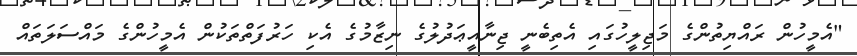
"އެމީހުން ރައްޔިތުންގެ މަޖިލީހުގައި އެތިބެނީ ޖިނާއީޢަދުލުގެ ނިޒާމުގެ އެކި ހަރުފަތްތަކުން އެމީހުންގެ މައްސަލަތައް